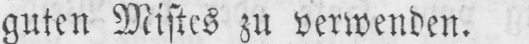
guten Mistes zu verwenden.